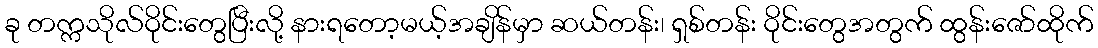
ခု တက္ကသိုလ်ဝိုင်းတွေပြီးလို့ နားရတော့မယ့်အချိန်မှာ ဆယ်တန်း၊ ရှစ်တန်း ဝိုင်းတွေအတွက် ထွန်းဇော်ထိုက်